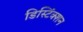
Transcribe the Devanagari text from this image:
डिस्टिंंक्शन